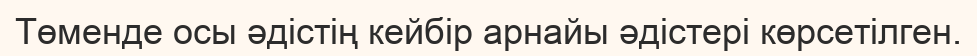
Төменде осы әдістің кейбір арнайы әдістері көрсетілген.